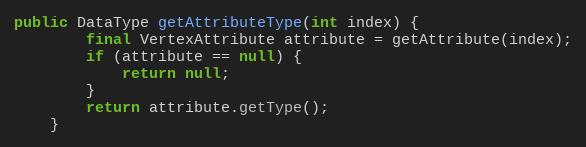
Language: Java
public DataType getAttributeType(int index) {
        final VertexAttribute attribute = getAttribute(index);
        if (attribute == null) {
            return null;
        }
        return attribute.getType();
    }